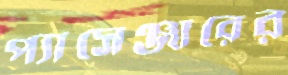
প্যাসেঞ্জারের